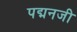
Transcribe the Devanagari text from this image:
पद्मनजी